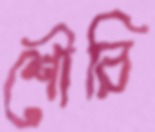
শৌরি